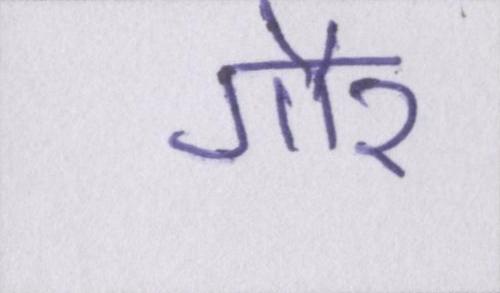
गौर